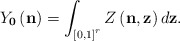
\begin{align*}Y_{\mathbf{0}}\left(\mathbf{n}\right)=\int_{\left[0,1\right]^{r}}Z\left(\mathbf{n},\mathbf{z}\right)d\mathbf{z}.\end{align*}